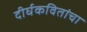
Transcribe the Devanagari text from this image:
दीर्घकवितांचा